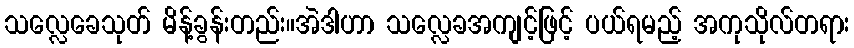
သလ္လေခေသုတ် မိန့်ခွန်းတည်း။အဲဒါဟာ သလ္လေခအကျင့်ဖြင့် ပယ်ရမည့် အကုသိုလ်တရား